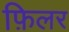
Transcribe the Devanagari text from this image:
फ़िलर